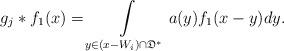
LaTeX: \begin{align*}g_j \ast f_1(x) &= \int\limits_{y \in (x - W_i) \cap \mathfrak{D}^*} a(y)f_1(x-y)dy.\end{align*}